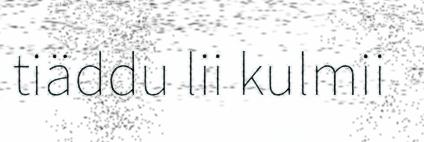
tiäddu lii kulmii